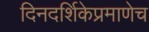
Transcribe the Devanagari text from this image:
दिनदर्शिकेप्रमाणेच